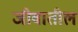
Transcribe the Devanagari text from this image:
जीवातील